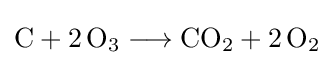
{\mathrm {C} {}+{}2\,\mathrm {O} {\vphantom {A}}_{\smash[{t}]{3}}{}\mathrel {\longrightarrow } {}\mathrm {CO} {\vphantom {A}}_{\smash[{t}]{2}}{}+{}2\,\mathrm {O} {\vphantom {A}}_{\smash[{t}]{2}}}